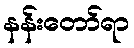
နန်းတော်ရာ